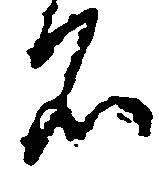
名